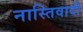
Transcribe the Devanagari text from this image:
नास्तिवादी